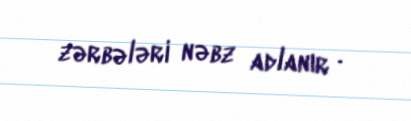
zərbələri nəbz adlanır .